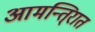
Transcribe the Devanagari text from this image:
आमन्ति्रात